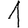
Digit: 1